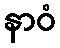
နာဝံ